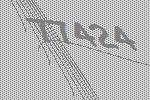
77424